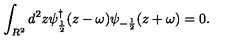
\int _ { R ^ { 2 } } d ^ { 2 } z \psi _ { \frac { 1 } { 2 } } ^ { \dagger } ( z - \omega ) \psi _ { - \frac { 1 } { 2 } } ( z + \omega ) = 0 .